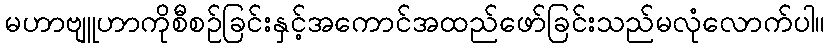
မဟာဗျူဟာကိုစီစဉ်ခြင်းနှင့်အကောင်အထည်ဖော်ခြင်းသည်မလုံလောက်ပါ။